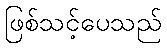
ဖြစ်သင့်ပေသည်